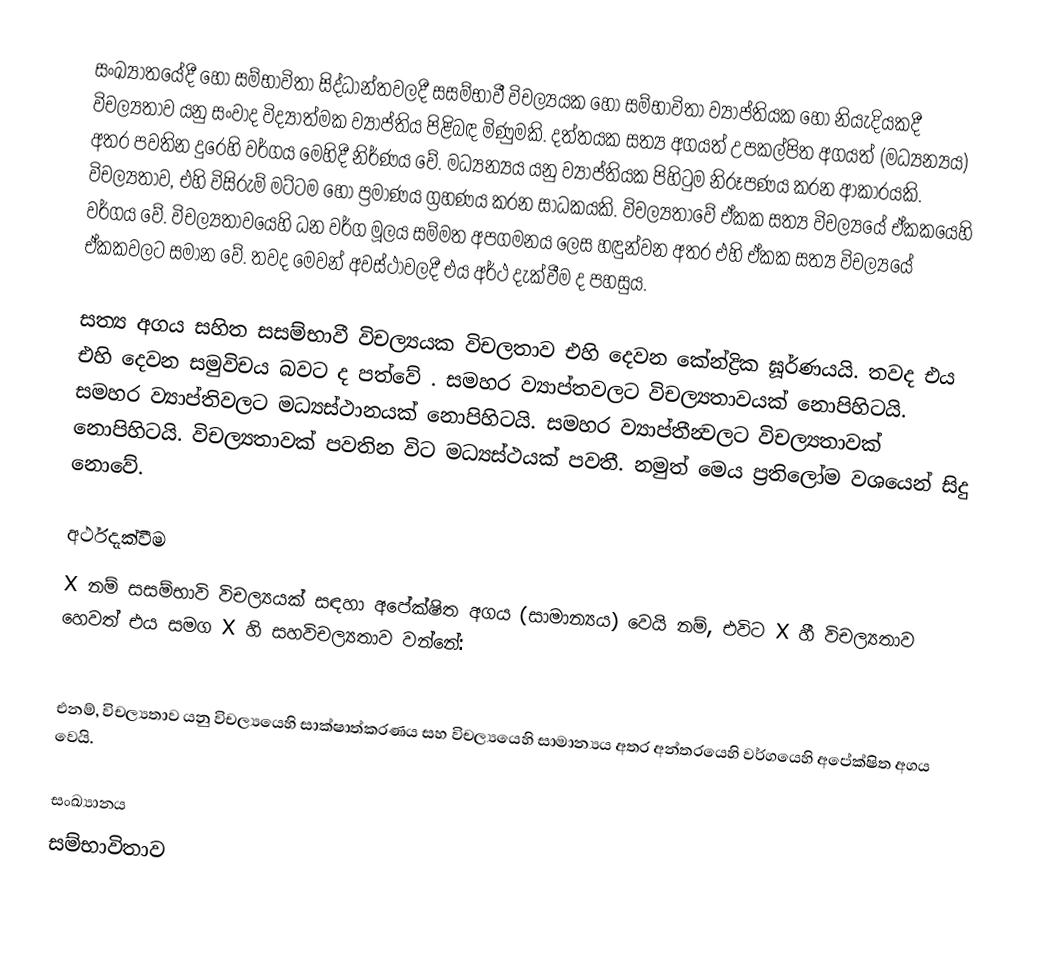
සංඛ්‍යාතයේදී හෝ සම්භාවිතා සිද්ධාන්තවලදී සසම්භාවී විචල්‍යයක හෝ සම්භාවිතා ව්‍යාප්තියක හෝ නියැදියකදී විචල්‍යතාව යනු සංවාද විද්‍යාත්මක ව්‍යාප්තිය පිළිබඳ මිණුමකි. දත්තයක සත්‍ය අගයත් උපකල්පිත අගයත් (මධ්‍යන්‍යය) අතර පවතින දුරෙහි වර්ගය මෙහිදී නිර්ණය වේ. මධ්‍යන්‍යය යනු ව්‍යාප්තියක පිහිටුම නිරූපණය කරන ආකාරයකි. විචල්‍යතාව, එහි විසිරුම් මට්ටම හෝ ප්‍රමාණය ග්‍රහණය කරන සාධකයකි. විචල්‍යතාවේ ඒකක සත්‍ය විචල්‍යයේ ඒකකයෙහි වර්ගය වේ. විචල්‍යතාවයෙහි ධන වර්ග මූලය සම්මත අපගමනය ලෙස හඳුන්වන අතර එහි ඒකක සත්‍ය විචල්‍යයේ ඒකකවලට සමාන වේ. තවද මෙවන් අවස්ථාවලදී එය අර්ථ දැක්වීම ද පහසුය.

සත්‍ය අගය සහිත සසම්භාවී විචල්‍යයක විචලතාව එහි දෙවන කේන්ද්‍රික ඝූර්ණයයි. තවද එය එහි දෙවන සමුවිචය බවට ද පත්වේ . සමහර ව්‍යාප්තවලට විචල්‍යතාවයක් නොපිහිටයි.  සමහර ව්‍යාප්තිවල‍ට මධ්‍යස්ථානයක් නොපිහිටයි.  සමහර ව්‍යාප්තීන්‍වලට විචල්‍යතාවක් නොපිහිටයි. විචල්‍යතාවක් පවතින විට මධ්‍යස්ථයක් පවතී. නමුත් මෙය ප්‍රතිලෝම වශයෙන් සිදු නොවේ.

අර්ථදැක්වීම
X  නම් සසම්භාවි විචල්‍යයක් සඳහා අපේක්ෂිත අගය (සාමාන්‍යය)   වෙයි නම්, එවිට  X හී විචල්‍යතාව හෙවත්  එය සමග X හි සහවිචල්‍යතාව වන්නේ:

එනම්, විචල්‍යතාව යනු විචල්‍යයෙහි සාක්ෂාත්කරණය සහ විචල්‍යයෙහි සාමාන්‍යය අතර අන්තරයෙහි වර්ගයෙහි අපේක්ෂිත අගය වෙයි.

සංඛ්‍යානය
සම්භාවිතාව